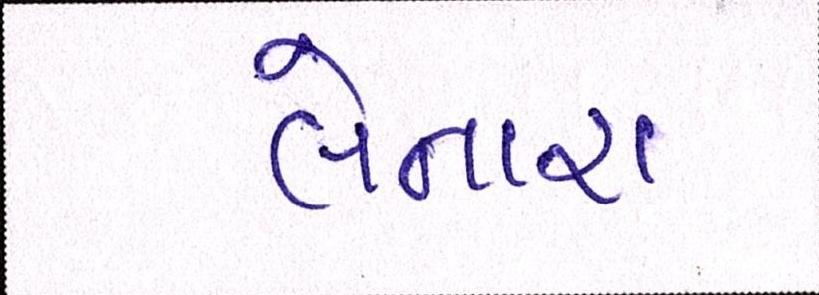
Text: લેનારા